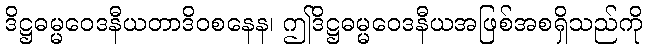
ဒိဋ္ဌဓမ္မဝေဒနီယတာဒိဝစနေန၊ ဤဒိဋ္ဌဓမ္မဝေဒနီယအဖြစ်အစရှိသည်ကို